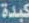
كبدة